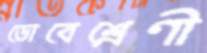
ডোবেশ্রেণী